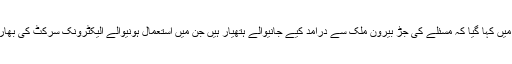
آرمی ڈیزائن بیورو کی رپورٹ میں کہا گیا کہ مسئلے کی جڑ بیرون ملک سے درآمد کیے جانیوالے ہتھیار ہیں جن میں استعمال ہونیوالے الیکٹرونک سرکٹ کی بھاری تعداد چین کی تیار کردہ ہے۔